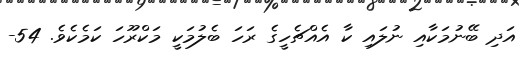
އަދި ބޭނުމަކާއި ނުލައި ކާ އެއްޗެހީގެ ރަހަ ބެލުމަކީ މަކްރޫހަ ކަމެކެވެ. 54-